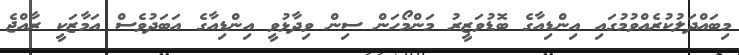
މިބައްދަލުކުރެއްވުމުގައި އިންޑިއާގެ ބޮޑުވަޒީރު މަންމޯހަން ސިން ވިދާޅުވީ އިންޑިއާގެ އަބަދުވެސް އަމާޒަކީ ރާއްޖެ